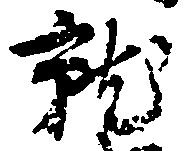
就